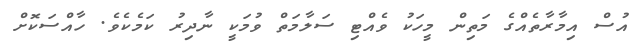
އުސް އިމާރާތެއްގެ މަތިން މީހަކު ވެއްޓި ސަލާމަތް ވުމަކީ ނާދިރު ކަމެކެވެ. ހާއްސަކޮށް